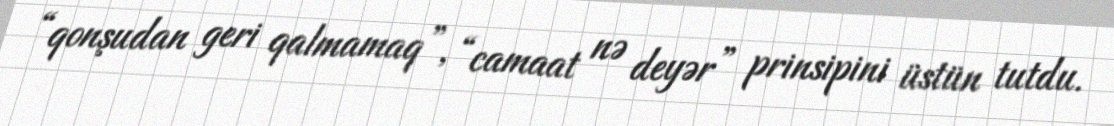
“qonşudan geri qalmamaq”, “camaat nə deyər” prinsipini üstün tutdu.